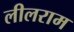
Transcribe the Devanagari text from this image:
लीलराम